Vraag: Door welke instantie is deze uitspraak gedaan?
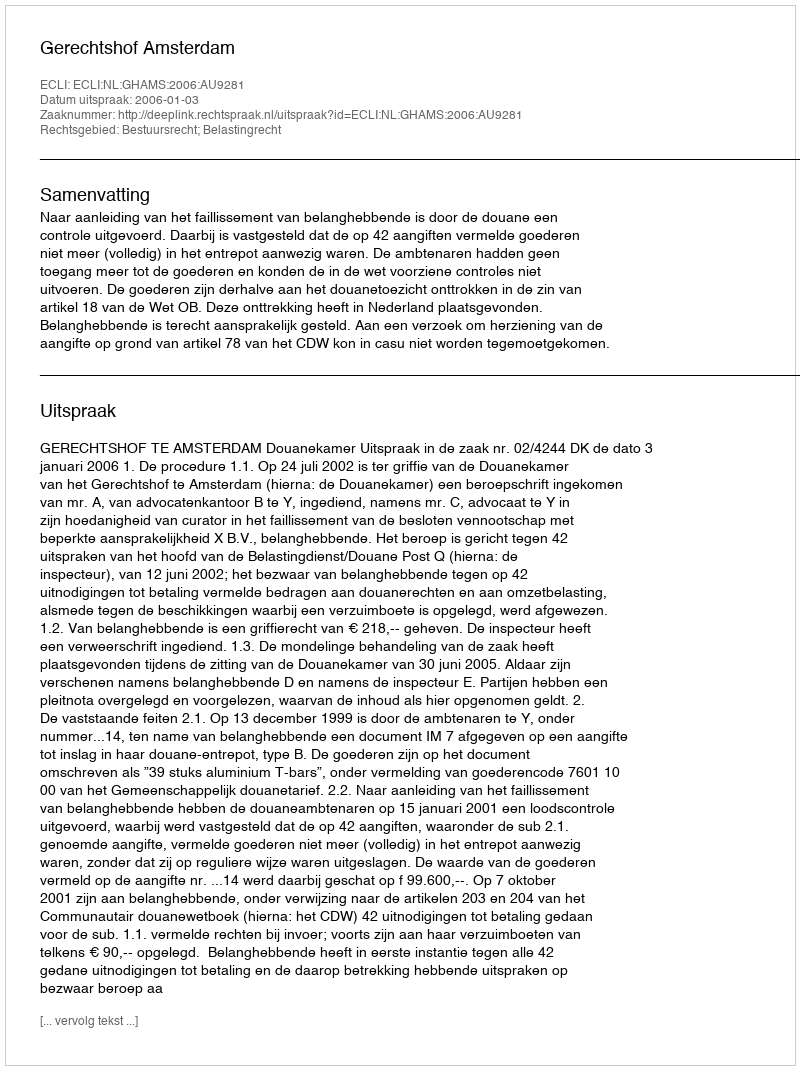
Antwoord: Gerechtshof Amsterdam